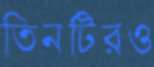
তিনটিরও